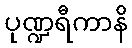
ပုဏ္ဍရီကာနိ